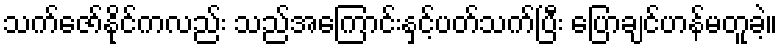
သက်ဇော်နိုင်ကလည်း သည်အကြောင်းနှင့်ပတ်သက်ပြီး ပြောချင်ဟန်မတူခဲ့။